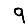
Digit: 9